Leaving Certificate Examination, 1923
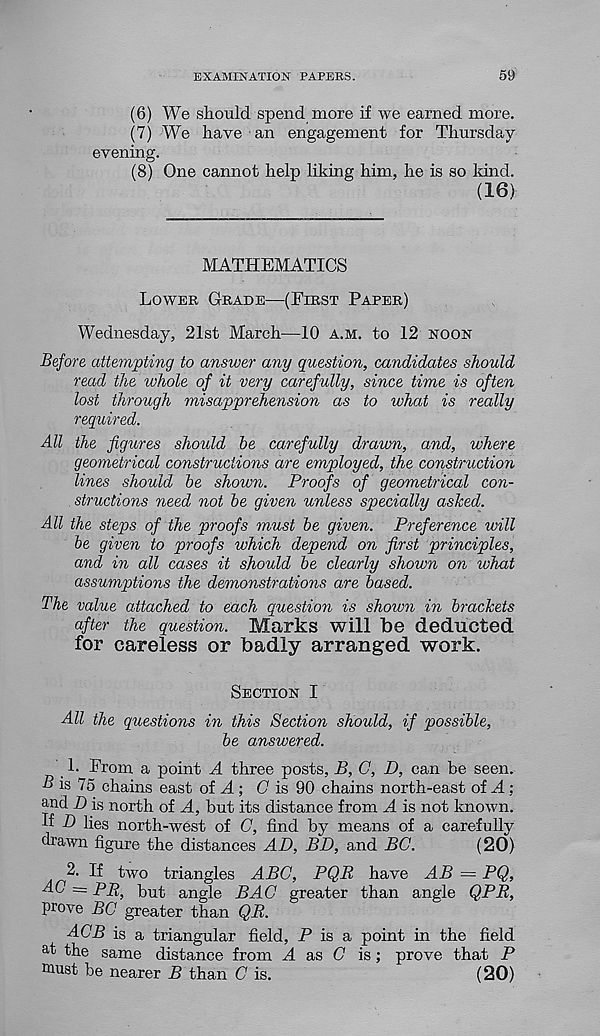
EXAMINATION PAPERS.
59
(6) We should spend more if we earned more.
(7) We have an engagement for Thursday-
evening.
(8) One cannot help liking him, he is so land.
(16)
MATHEMATICS
Lower Grade—(First Paper)
Wednesday, 21st March—10 a.m. to 12 noon
Before attempting to answer any question, candidates should
read the whole of it very carefully, since time is often
lost through misapprehension as to what is really
required.
All the figures shoidd be carefully drawn, and, where
geometrical constructions are employed, the construction
lines should be shown. Proofs of geometrical con-
structions need not be given unless specially asked.
All the steps of the proofs must be given. Preference will
be given to proofs which depend on first principles,
and in all cases it should be clearly shown on what
assumptions the demonstrations are based.
The value attached to each question is shown in brackets
after the question. Marks will be deducted
for careless or badly arranged work.
Section I
All the questions in this Section should, if possible,
be answered.
1. From a point A three posts, B, C, D, can be seen.
B is 75 chains east of A ; C is 90 chains north-east of A;
and. ]) j s north of A, but its distance from A is not known.
If D lies north-west of C, find by means of a carefully
di’awn figure the distances AD, BD, and BC.
(20)
2. If two triangles ABC, PQR have AB — PQ,
AC = pqq, }jnt< angle BAG greater than angle QPR,
prove BC greater than QB.
ACB is a triangular field, P is a point in the field
a t the same distance from A as C is; prove that P
must be nearer B than C is.
(20)